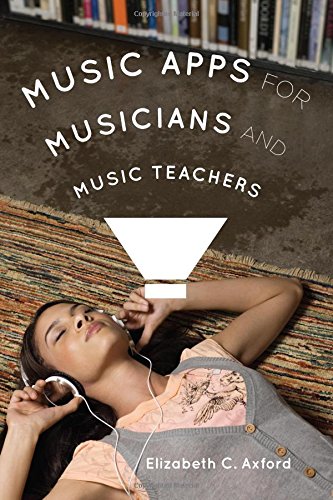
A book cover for Music Apps for Musicians and Music Teachers; Elizabeth C. Axford; Computers & Technology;